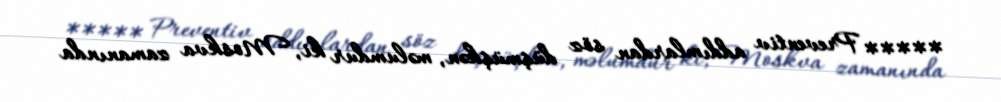
***** Preventiv addımlardan söz düşmüşkən, məlumdur ki, Moskva zamanında